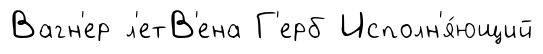
Вагн'ер л'етВ'ена Г'ерб Исполн'я́ющий